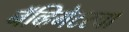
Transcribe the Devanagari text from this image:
नॅव्हिगेटरचा